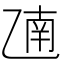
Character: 𫡫